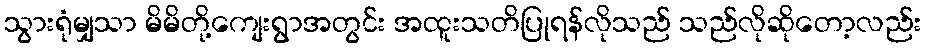
သွားရုံမျှသာ မိမိတို့ကျေးရွာအတွင်း အထူးသတိပြုရန်လိုသည် သည်လိုဆိုတော့လည်း